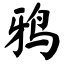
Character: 鸦